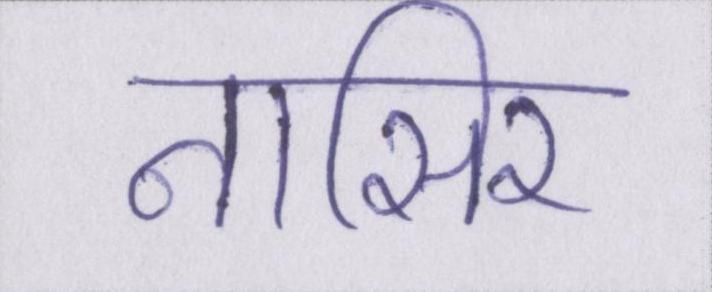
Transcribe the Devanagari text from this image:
नासिर